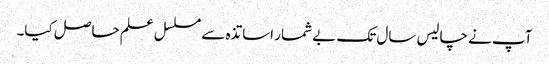
آپ نے چالیس سال تک بے شمار اساتذہ سے مسلسل علم حاصل کیا۔